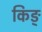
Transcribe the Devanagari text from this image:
किङ्